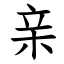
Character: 亲